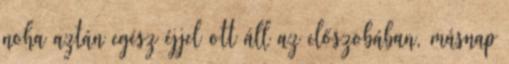
noha aztán egész éjjel ott áll az előszobában, másnap